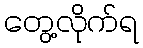
တွေ့လိုက်ရ